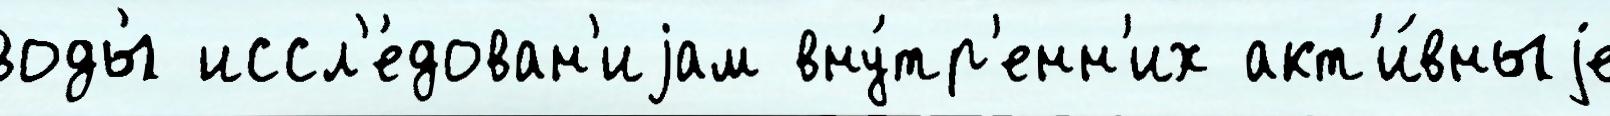
воды́ иссл'е́дован'иjам вну́тр'енн'их акт'и́вныjе